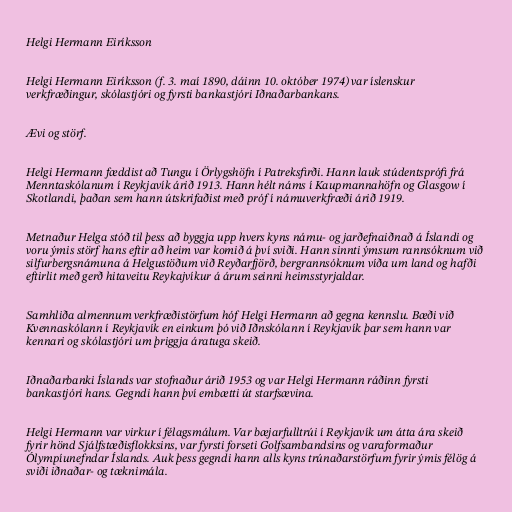
Helgi Hermann Eiríksson

Helgi Hermann Eiríksson (f. 3. maí 1890, dáinn 10. október 1974) var íslenskur
verkfræðingur, skólastjóri og fyrsti bankastjóri Iðnaðarbankans.

Ævi og störf.

Helgi Hermann fæddist að Tungu í Örlygshöfn í Patreksfirði. Hann lauk stúdentsprófi frá
Menntaskólanum í Reykjavík árið 1913. Hann hélt náms í Kaupmannahöfn og Glasgow í
Skotlandi, þaðan sem hann útskrifaðist með próf í námuverkfræði árið 1919.

Metnaður Helga stóð til þess að byggja upp hvers kyns námu- og jarðefnaiðnað á Íslandi og
voru ýmis störf hans eftir að heim var komið á því sviði. Hann sinnti ýmsum rannsóknum við
silfurbergsnámuna á Helgustöðum við Reyðarfjörð, bergrannsóknum víða um land og hafði
eftirlit með gerð hitaveitu Reykajvíkur á árum seinni heimsstyrjaldar.

Samhliða almennum verkfræðistörfum hóf Helgi Hermann að gegna kennslu. Bæði við
Kvennaskólann í Reykjavík en einkum þó við Iðnskólann í Reykjavík þar sem hann var
kennari og skólastjóri um þriggja áratuga skeið.

Iðnaðarbanki Íslands var stofnaður árið 1953 og var Helgi Hermann ráðinn fyrsti
bankastjóri hans. Gegndi hann því embætti út starfsævina.

Helgi Hermann var virkur í félagsmálum. Var bæjarfulltrúi í Reykjavík um átta ára skeið
fyrir hönd Sjálfstæðisflokksins, var fyrsti forseti Golfsambandsins og varaformaður
Ólympíunefndar Íslands. Auk þess gegndi hann alls kyns trúnaðarstörfum fyrir ýmis félög á
sviði iðnaðar- og tæknimála.